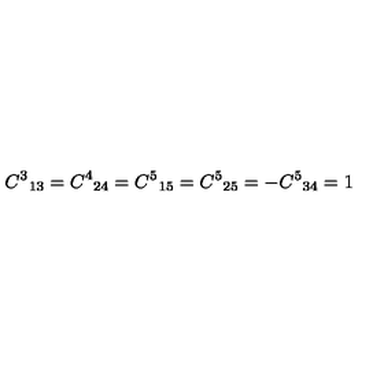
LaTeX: { C ^ { 3 } } _ { 1 3 } = { C ^ { 4 } } _ { 2 4 } = { C ^ { 5 } } _ { 1 5 } = { C ^ { 5 } } _ { 2 5 } = - { C ^ { 5 } } _ { 3 4 } = 1